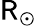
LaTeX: \mathsf{R}_{\odot}